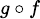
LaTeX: \scriptstyle g\, \circ\, f